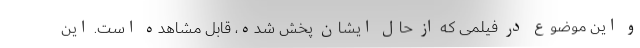
و این موضوع در فیلمی که از حال ایشان پخش شده، قابل مشاهده است. این